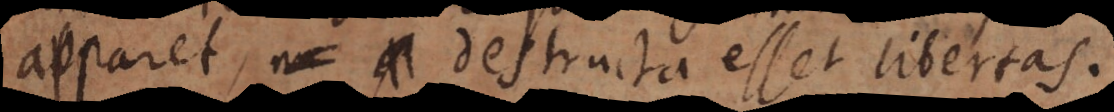
apparet, destructa esset libertas.